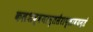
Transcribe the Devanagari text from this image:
कलशद्वयामृतसैराप्लावयन्तं